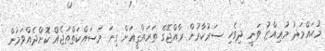
މުޙައްމަދު މުޢިއްޒު ވަނީ ދިވެހި ސަރުކާރުން ރާއްޖޭގެ ތަރައްޤީއަށް ގިނަ މަސައްކަތްތަޖެއް ކޮށްދެއްވަމުން